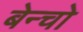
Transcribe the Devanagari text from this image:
बेन्चो